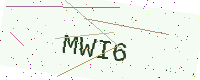
Text: MWI6